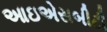
આઇએસબીટી